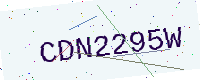
Text: CDN2295W